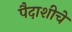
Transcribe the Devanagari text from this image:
पैदाशीचे